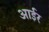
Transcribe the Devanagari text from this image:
आईर